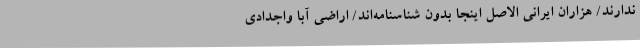
ندارند/ هزاران ایرانی الاصل اینجا بدون شناسنامه‌اند/ اراضی آبا واجدادی